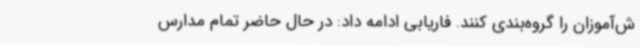
ش‌آموزان را گروه‌بندی کنند. فاریابی ادامه داد: در حال حاضر تمام مدارس